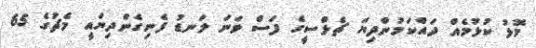
މޮޅު ކުޅުމެއް ދައްކަމުންދިޔަ ޗެލްސީގެ ފަސް ވަނަ ލަނޑު ފެނިގެންދިޔައީ މެޗުގެ 65